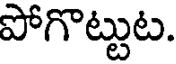
పోగొట్టుట.